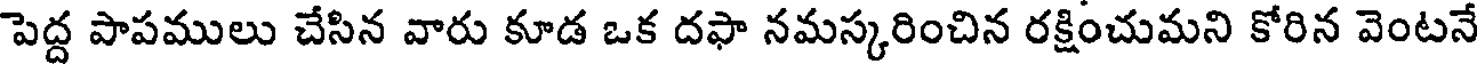
పెద్ద పాపములు చేసిన వారు కూడ ఒక దఫా నమస్కరించిన రక్షించుమని కోరిన వెంటనే